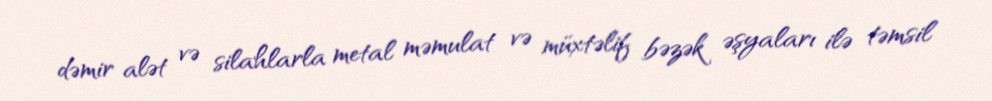
dəmir alət və silahlarla metal məmulat və müxtəlif bəzək əşyaları ilə təmsil